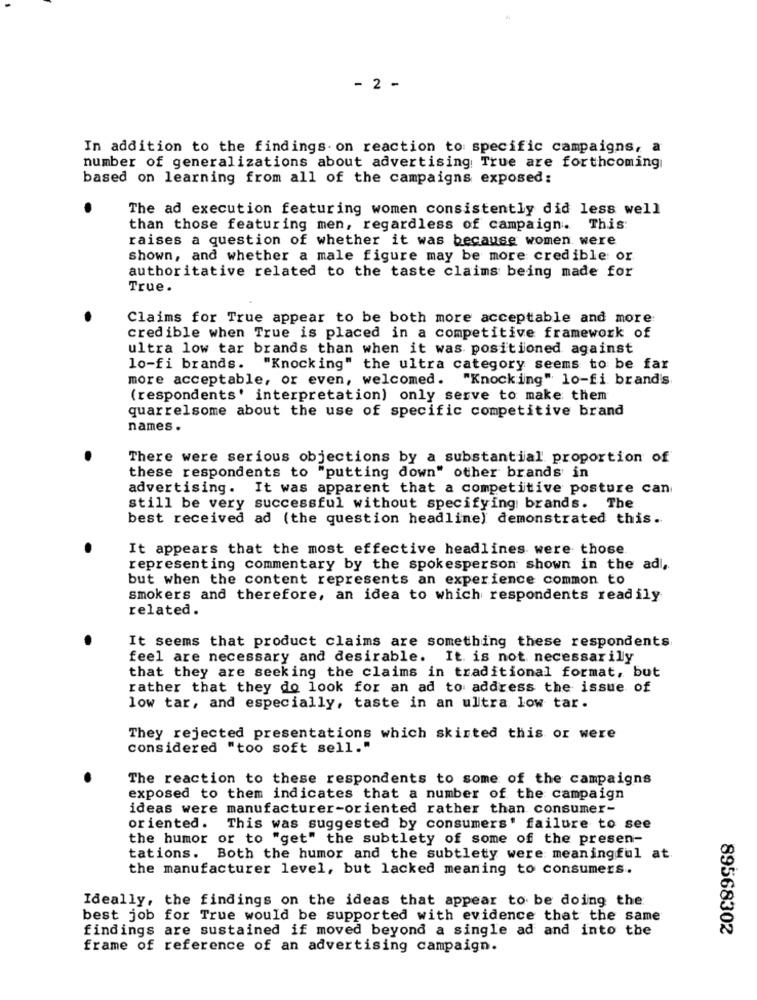
- 2 -
In addition to the findings. on reaction to specific campaigns, a
number of generalizations about advertising True are forthcoming
based on learning from all of the campaigns exposed:
The ad execution featuring women consistently did less well
than those featuring men, regardless of campaign. This:
raises a question of whether it was because women were
shown, and whether a male figure may be more credible or
authoritative related to the taste claims being made for
True.
Claims for True appear to be both more acceptable and more
credible when True is placed in a competitive framework of
ultra low tar brands than when it was positioned against
lo-fi brands. "Knocking" the ultra category seems to be far
more acceptable, or even, welcomed. "Knocking" lo-fi brand's
(respondents' interpretation) only serve to make them
quarrelsome about the use of specific competitive brand
names .
There were serious objections by a substantial proportion of
these respondents to "putting down" other brands in
advertising. It was apparent that a competitive posture can
still be very successful without specifying brands. The
best received ad (the question headline) demonstrated this.
It appears that the most effective headlines were those.
representing commentary by the spokesperson shown in the adl,
but when the content represents an experience common to
smokers and therefore, an idea to which respondents readily
related.
It seems that product claims are something these respondents
feel are necessary and desirable. It is not necessarily
that they are seeking the claims in traditional format, but
rather that they do look for an ad to address the issue of
low tar, and especially, taste in an ultra low tar.
They rejected presentations which skirted this or were
considered "too soft sell."
The reaction to these respondents to some of the campaigns
exposed to them indicates that a number of the campaign
ideas were manufacturer-oriented rather than consumer-
oriented. This was suggested by consumers' failure to see
the humor or to "get" the subtlety of some of the presen-
tations. Both the humor and the subtlety were meaningful at
the manufacturer level, but lacked meaning to consumers.
Ideally, the findings on the ideas that appear to be doing the
best job for True would be supported with evidence that the same
findings are sustained if moved beyond a single ad and into the
89568302
frame of reference of an advertising campaign.